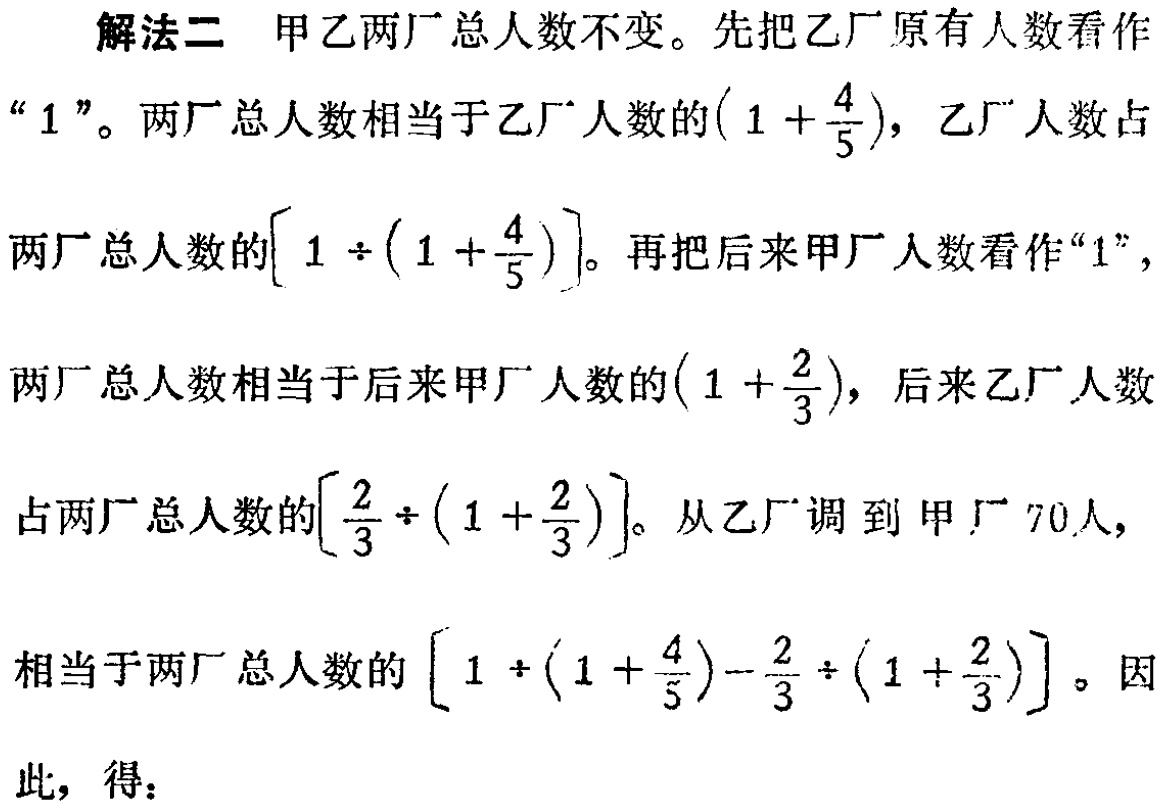
解法二 甲乙两厂总人数不变。先把乙厂原有人数看作

“\(1\)”。两厂总人数相当于乙厂人数的\((1 + \frac{4}{5})\)，乙厂人数占

两厂总人数的\([1 \div (1 + \frac{4}{5})]\)。再把后来甲厂人数看作“\(1\)”，

两厂总人数相当于后来甲厂人数的\((1 + \frac{2}{3})\)，后来乙厂人数

占两厂总人数的\([\frac{2}{3} \div (1 + \frac{2}{3})]\)。从乙厂调到甲厂 \(70\)人，

相当于两厂总人数的\([1 \div (1 + \frac{4}{5}) - \frac{2}{3} \div (1 + \frac{2}{3})]\)。因

此，得：